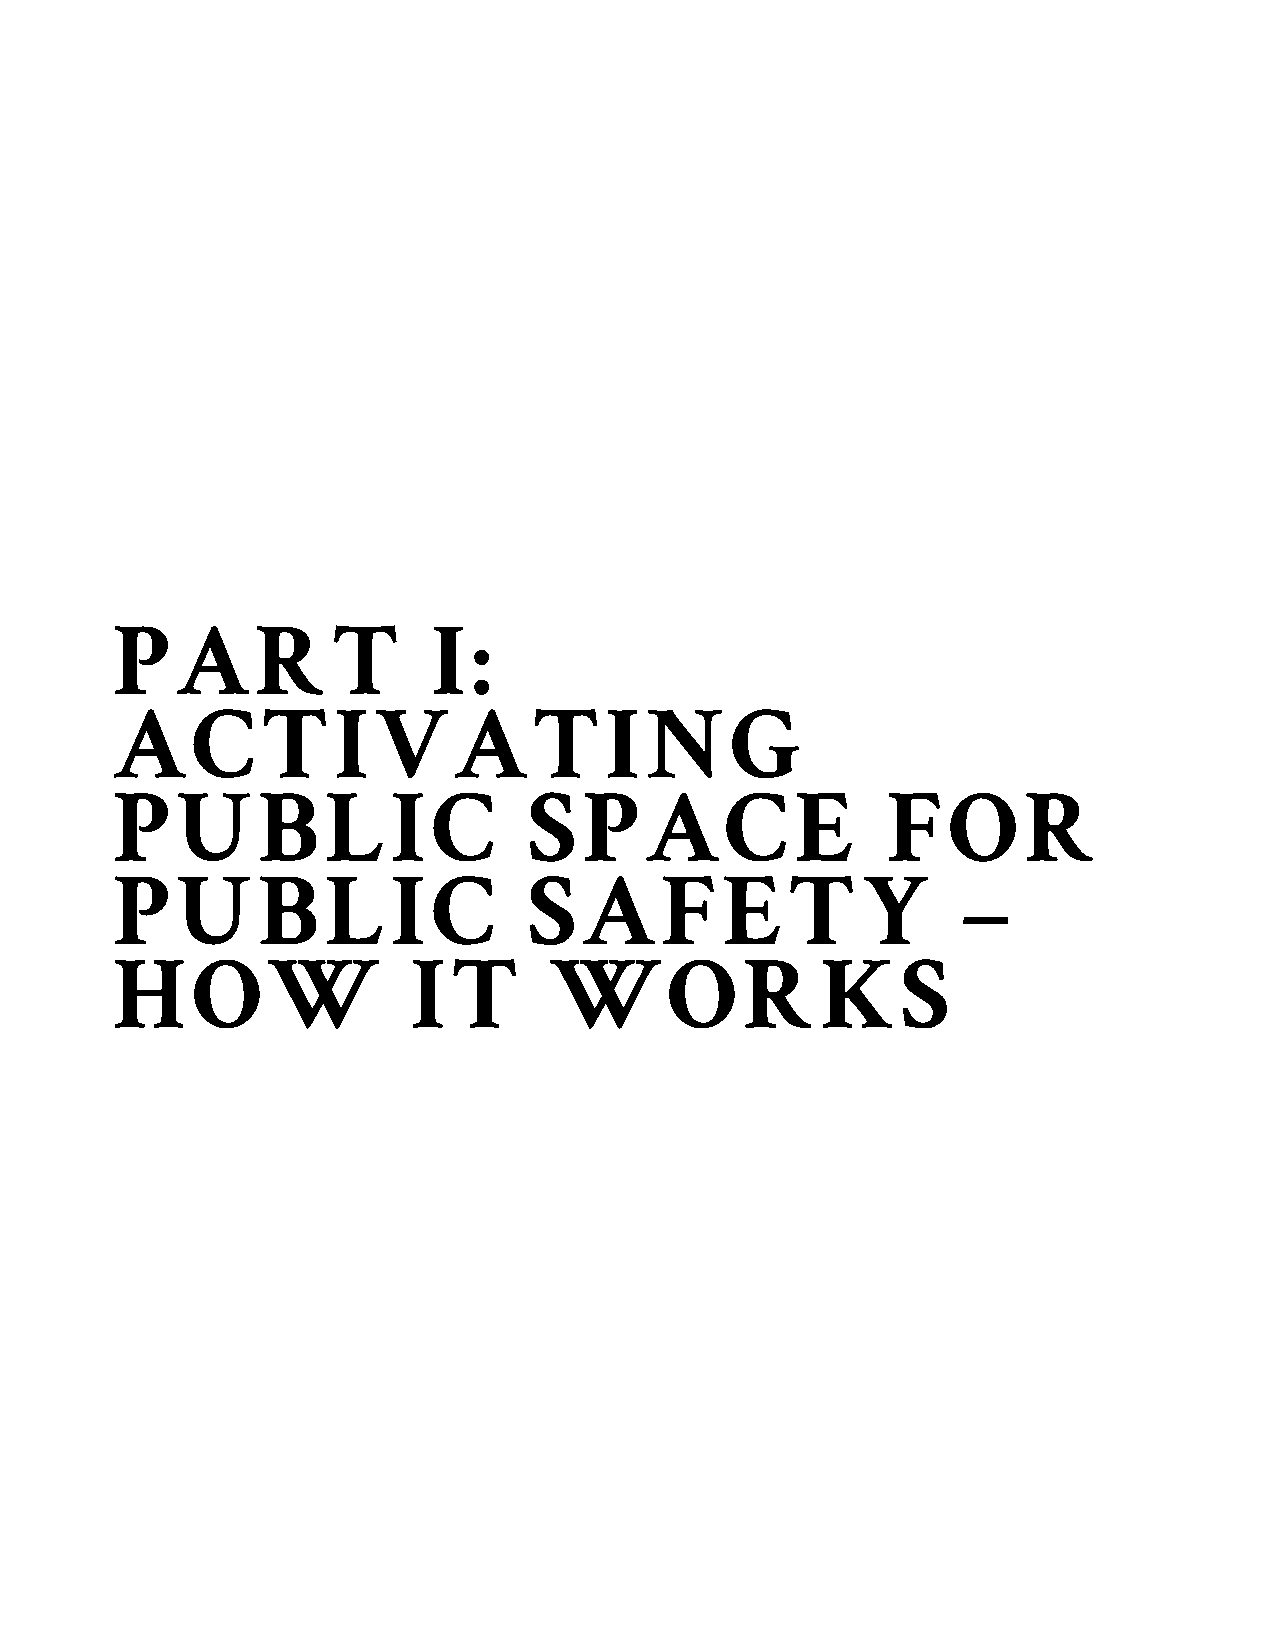
PART                  I:
 ACTIVATING
 PUBLIC                      SPACE                   FOR
 PUBLIC                      SAFETY                       –
 HOW                 IT       WORKS